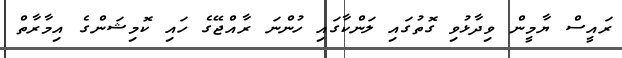
ރައީސް ޔާމީން ވިދާޅުވި ގޮތުގައި ލަންކާގައި ހުންނަ ރާއްޖޭގެ ހައި ކޮމިޝަންގެ އިމާރާތް